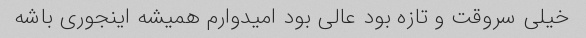
خیلی سروقت و تازه بود عالی بود امیدوارم همیشه اینجوری باشه